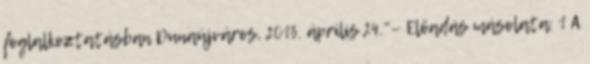
foglalkoztatásban Dunaújváros, 2013. április 24."— Előadás másolata: 1 A